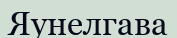
Яунелгава